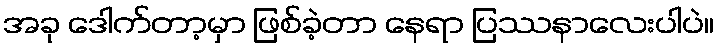
အခု ဒေါက်တာ့မှာ ဖြစ်ခဲ့တာ နေရာ ပြဿနာလေးပါပဲ။